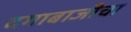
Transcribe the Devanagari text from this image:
दगाबाजीचा